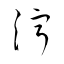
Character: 濘